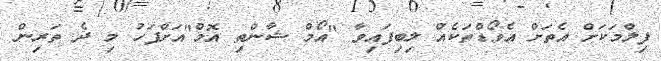
ފިލްމަކަށް އެތަށް އެވޯޑްތަކެއް ލިބިފައިވާ "އޯމް ޝާންތި އޮމް"އަށްފަހު މި ދެ ތަރިން